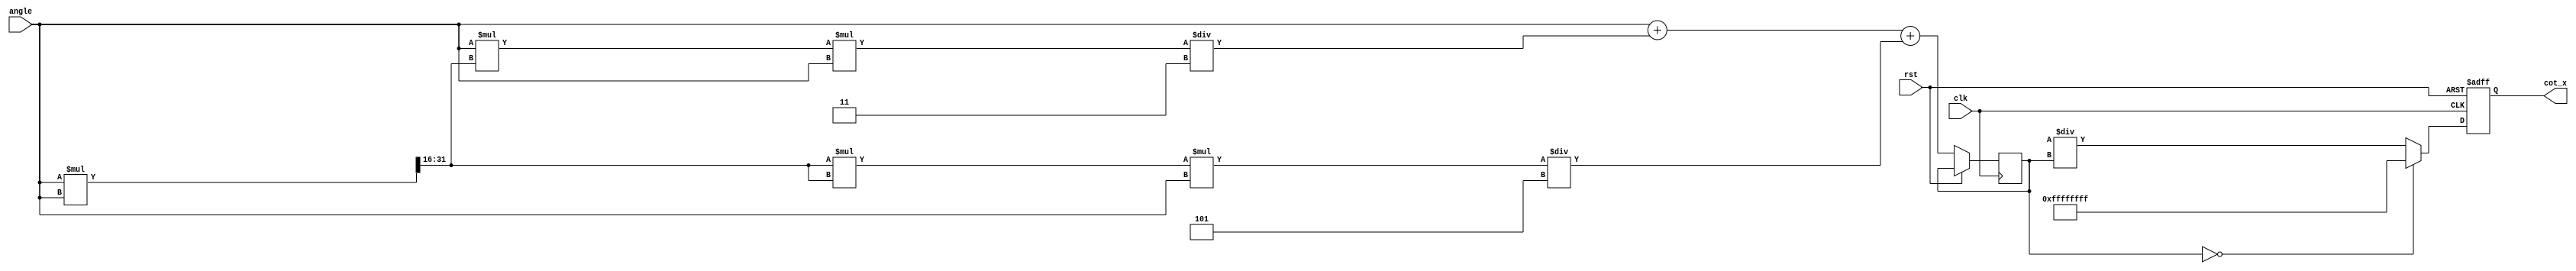
module cotangent (
    input wire [31:0] angle, // Input angle in radians (32-bit fixed-point)
    output reg [31:0] cot_x, // Output cotangent value (32-bit fixed-point)
    input wire clk,
    input wire rst
);

    // Internal signals
    wire [31:0] tan_x;
    reg [31:0] tan_x_reg;
    reg valid_input;

    // Tangent Calculation Block (using Taylor series approximation)
    function [31:0] tan;
        input [31:0] x;
        reg [31:0] x_sq;
        begin
            x_sq = (x * x) >> 16; // x^2, assuming fixed-point with 16 fractional bits
            // Taylor series expansion: tan(x)  x + x^3/3 + x^5/5 + ...
            tan = x + (x * x_sq * x) / 3 + (x_sq * x_sq * x) / 5;
        end
    endfunction

    // Reciprocal Calculation Block
    function [31:0] reciprocal;
        input [31:0] value;
        begin
            if (value == 32'h00000000) begin
                reciprocal = 32'hFFFFFFFF; // Return max value to indicate undefined (infinity)
            end else begin
                reciprocal = (32'h100000000 / value); // Fixed-point reciprocal calculation
            end
        end
    endfunction

    // Control Logic
    always @(posedge clk or posedge rst) begin
        if (rst) begin
            cot_x <= 32'h00000000; // Reset output
            valid_input <= 1'b0;
        end else begin
            tan_x_reg <= tan(angle); // Calculate tangent
            cot_x <= reciprocal(tan_x_reg); // Calculate cotangent
        end
    end

endmodule